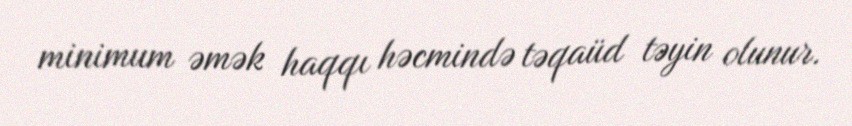
minimum əmək haqqı həcmində təqaüd təyin olunur.